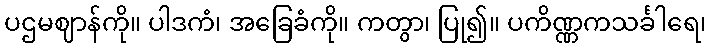
ပဌမဈာန်ကို။ ပါဒကံ၊ အခြေခံကို။ ကတွာ၊ ပြု၍။ ပကိဏ္ဏကသင်္ခါရေ၊